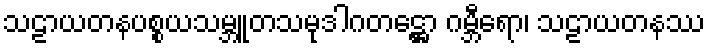
သဠာယတနပစ္စယသမ္ဘူတသမုဒါဂတဋ္ဌော ဂမ္ဘီရော၊ သဠာယတနဿ